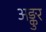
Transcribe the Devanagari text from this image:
अङ्कुर